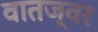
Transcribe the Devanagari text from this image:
वातज्वर